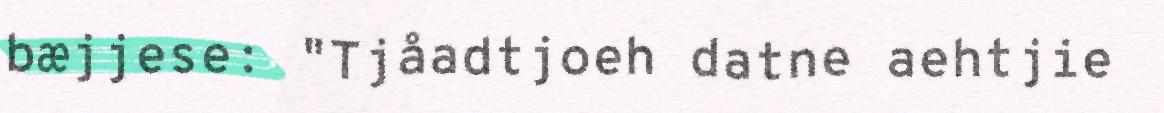
bæjjese: "Tjåadtjoeh datne aehtjie